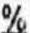
%